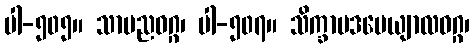
ပါ-၅၀၅။ သာမညဝဂ္ဂ၊ ပါ-၅၀၇။ သိက္ခာပဒပေယျာလဝဂ္ဂ၊